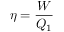
\eta = \frac { W } { Q _ { 1 } }